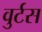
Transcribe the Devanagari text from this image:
वुर्टस